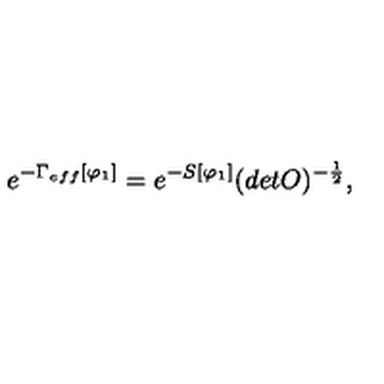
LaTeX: e ^ { - \Gamma _ { e f f } [ \varphi _ { 1 } ] } = e ^ { - S [ \varphi _ { 1 } ] } ( d e t O ) ^ { - \frac { 1 } { 2 } } ,